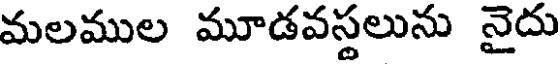
మలముల మూడవస్థలును నైదు